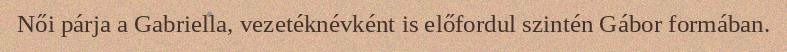
Női párja a Gabriella, vezetéknévként is előfordul szintén Gábor formában.